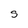
Character: S